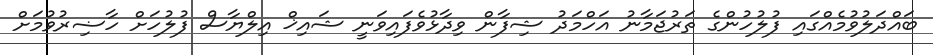
ބައްދަލުވުމެއްގައި ފުލުހުންގެ ތަރުޖަމާނު އަހްމަދު ޝިފާން ވިދާޅުވެފައިވަނީ ޝައިޚް އިލްޔާސް ފުލުހަށް ހާޟިރުވުމަށް